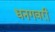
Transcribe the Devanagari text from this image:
धनगवरी